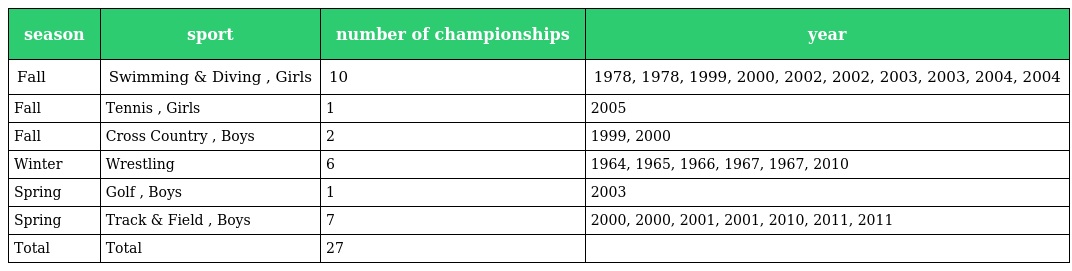
| season | sport | number of championships | year |
 | --- | --- | --- | --- |
 | Fall | Swimming & Diving , Girls | 10 | 1978, 1978, 1999, 2000, 2002, 2002, 2003, 2003, 2004, 2004 |
 | Fall | Tennis , Girls | 1 | 2005 |
 | Fall | Cross Country , Boys | 2 | 1999, 2000 |
 | Winter | Wrestling | 6 | 1964, 1965, 1966, 1967, 1967, 2010 |
 | Spring | Golf , Boys | 1 | 2003 |
 | Spring | Track & Field , Boys | 7 | 2000, 2000, 2001, 2001, 2010, 2011, 2011 |
 | Total | Total | 27 |  |